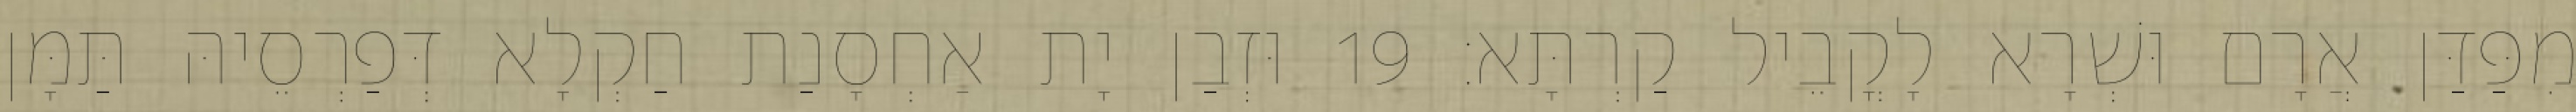
מִפַּדַּן אֲרָם וּשְׁרָא לָקֳבֵיל קַרְתָּא׃ 19 וּזְבַן יָת אַחְסָנַת חַקְלָא דְּפַרְסֵיהּ תַּמָּן